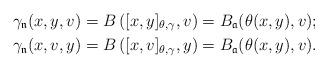
LaTeX: \begin{align*}\gamma_{\mathfrak n}(x,y,v)&=B\left([x,y]_{\theta,\gamma},v \right)=B_{\mathfrak a}(\theta(x,y),v);\\\gamma_{\mathfrak n}(x,v,y)&=B\left([x,v]_{\theta,\gamma},y \right)=B_{\mathfrak a}(\theta(x,y),v).\end{align*}